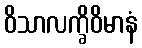
ဝိသာလက္ခိဝိမာနံ